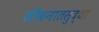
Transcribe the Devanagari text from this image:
जीवनातसुद्धा